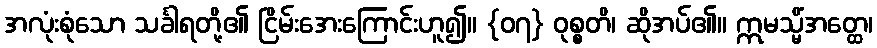
အလုံးစုံသော သင်္ခါရတို့၏ ငြိမ်းအေးကြောင်းဟူ၍။ {၀၇} ဝုစ္စတိ၊ ဆိုအပ်၏။ ဣမသ္မိံအတ္ထေ၊